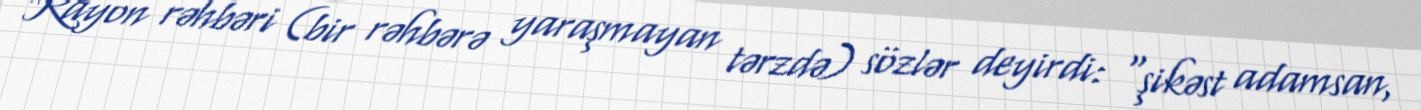
Rayon rəhbəri (bir rəhbərə yaraşmayan tərzdə) sözlər deyirdi: “şikəst adamsan,